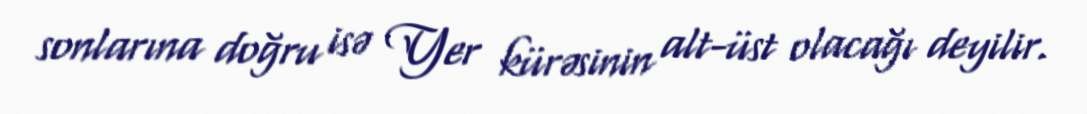
sonlarına doğru isə Yer kürəsinin alt-üst olacağı deyilir.